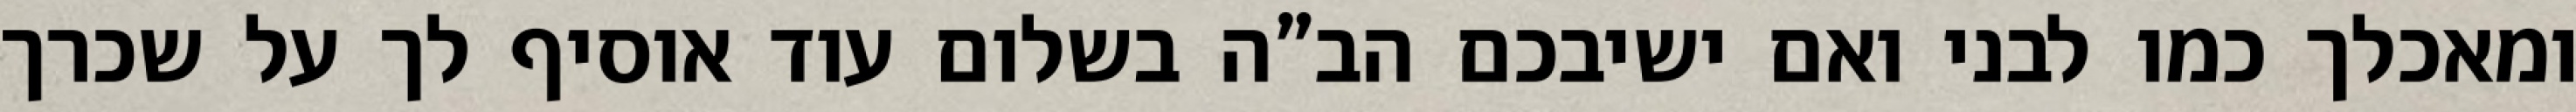
ומאכלך כמו לבני ואם ישיבכם הב”ה בשלום עוד אוסיף לך על שכרך